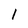
Character: 1